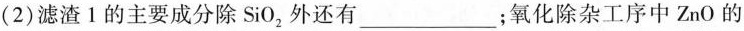
(2)滤渣1的主要成分除Si0_{2}外还有___；氧化除杂工序中ZnO的